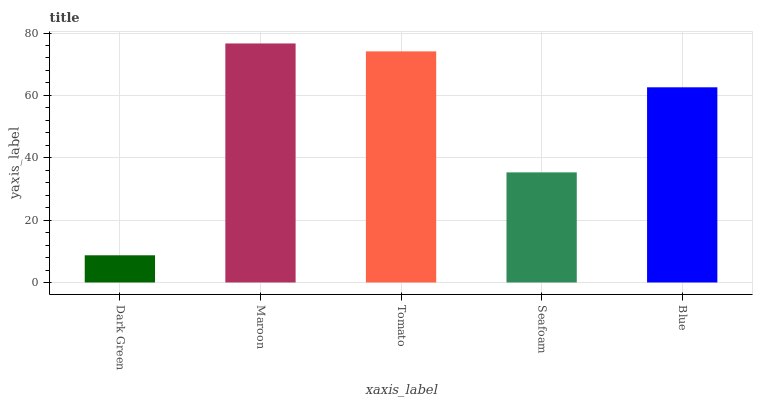
| xaxis_label | bars |
 | --- | --- |
 | Dark Green | 8.72 |
 | Maroon | 76.7 |
 | Tomato | 74.1 |
 | Seafoam | 35.3 |
 | Blue | 62.6 |